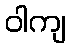
ဝါကျ